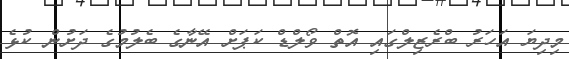
މިދިޔަ އަހަރު ބްރެޒިލްގައި އޮތް ވޯލްޑް ކަޕަށް އޭނާގެ ބެލުމުގެ ދަށުން ކުޅެ